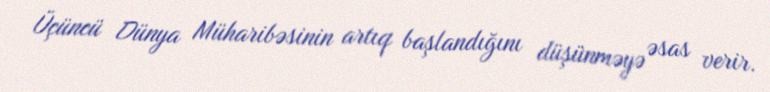
Üçüncü Dünya Müharibəsinin artıq başlandığını düşünməyə əsas verir.